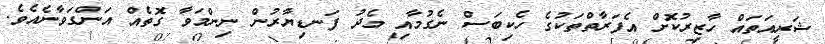
ޝަރީއަތައް ހާޒިރުކޮށް އެފަރާތްތަކުގެ ހެކިބަސް ނެގުމާއި މެދު ފަނޑިޔާރުން ނިންމަވާ ގޮތެއް އަންގަވާނެއެވެ.